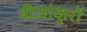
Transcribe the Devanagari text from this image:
बीजांकुरों